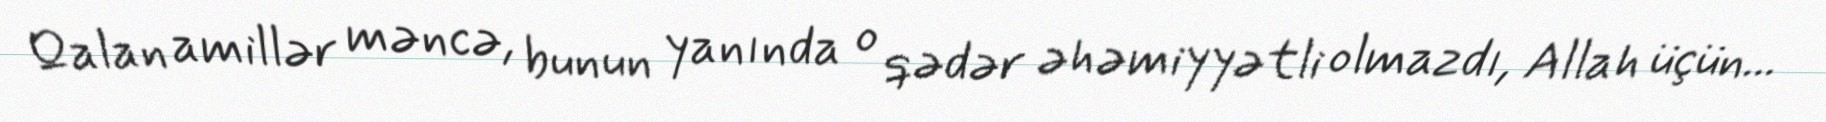
Qalan amillər məncə, bunun yanında o qədər əhəmiyyətli olmazdı, Allah üçün...